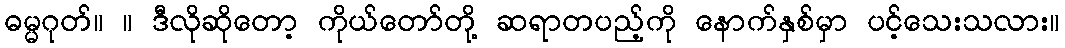
ဓမ္မဂုတ်။ ။ ဒီလိုဆိုတော့ ကိုယ်တော်တို့ ဆရာတပည့်ကို နောက်နှစ်မှာ ပင့်သေးသလား။